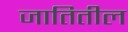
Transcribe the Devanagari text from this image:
जातितील